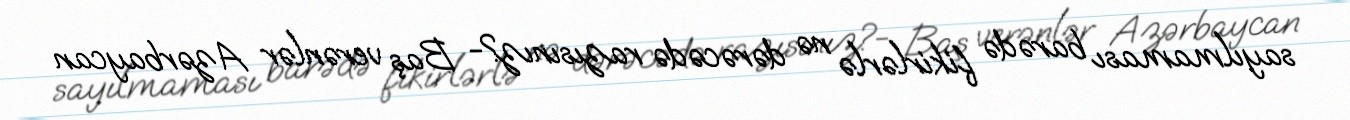
sayılmaması barədə fikirlərlə nə dərəcədə razısınız?- Baş verənlər Azərbaycan